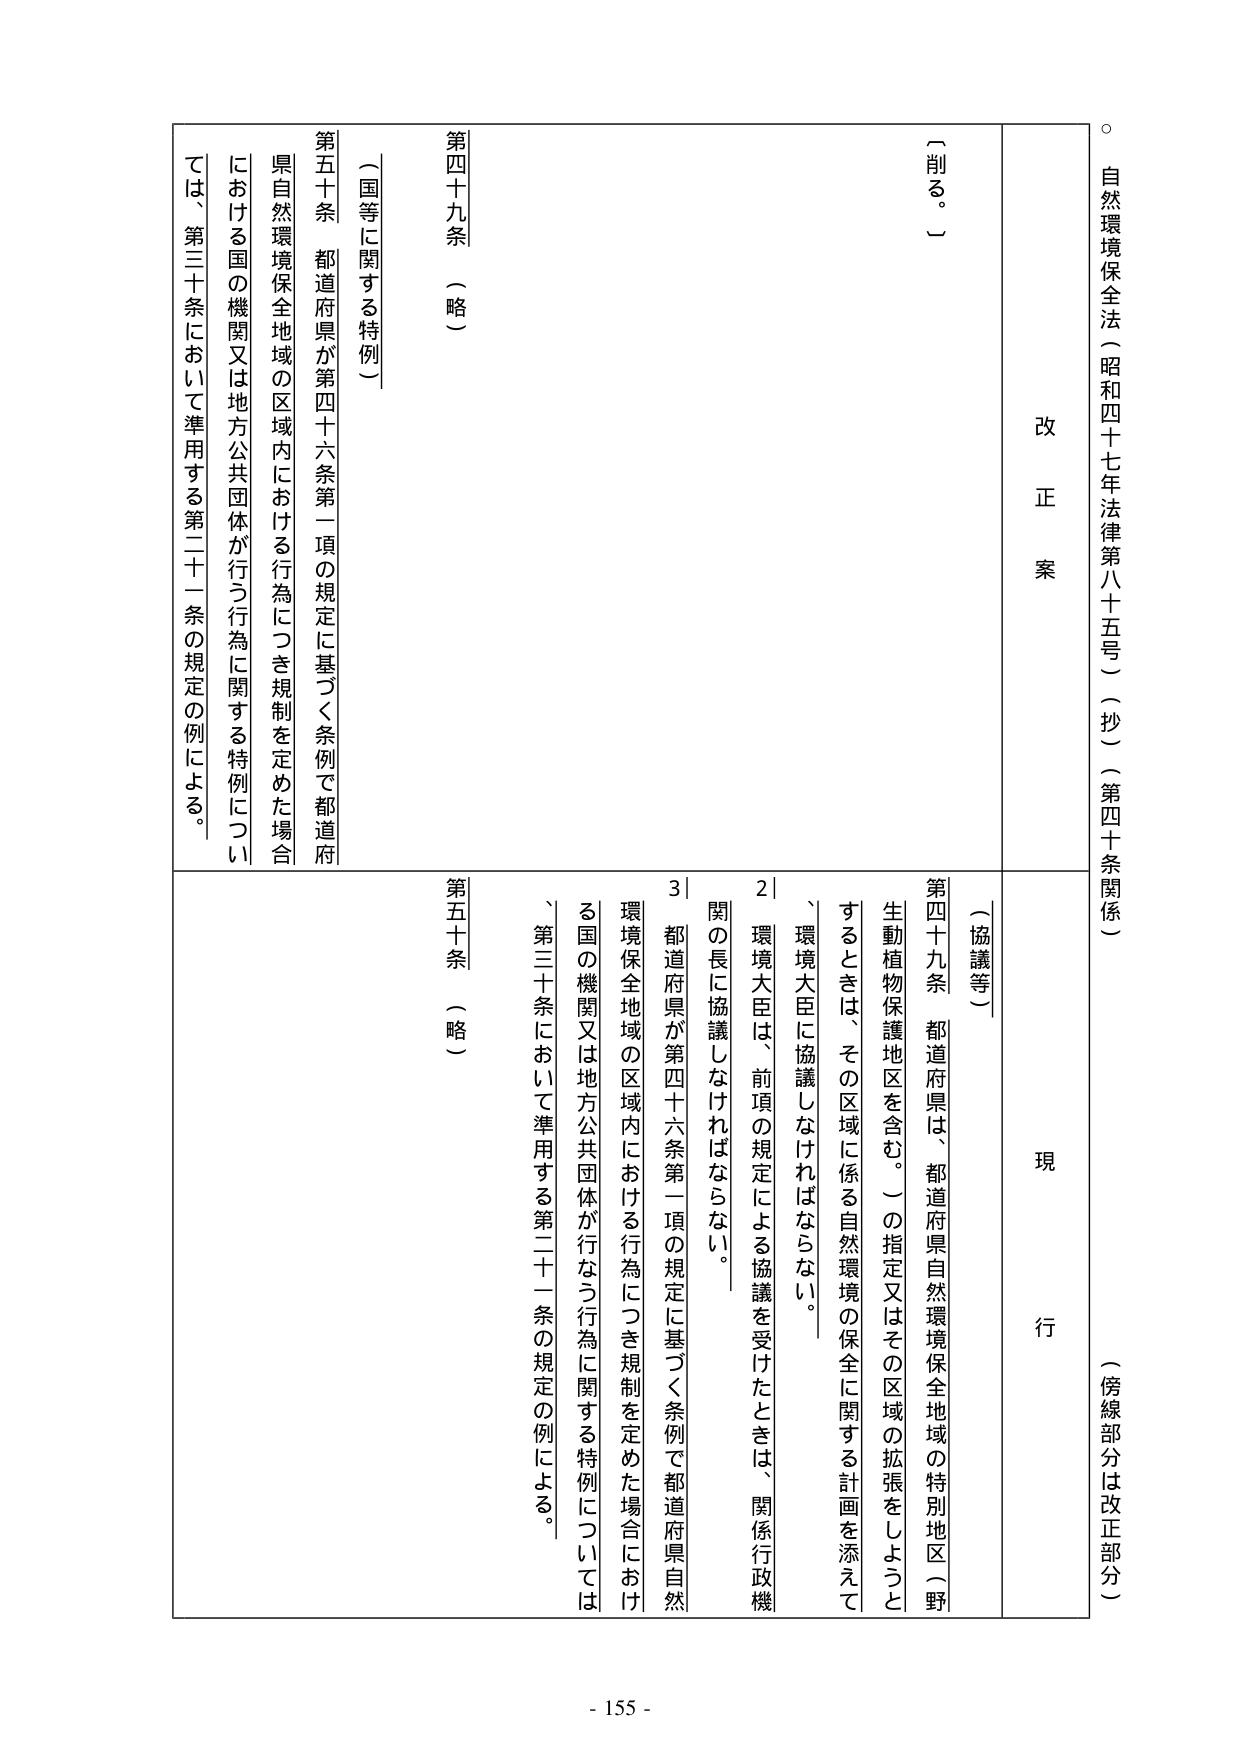
自然環境保全法（昭和四十七年法律第八十五号）（抄）（第四十条関係）

（傍線部分は改正部分）

改正案

現行

〔削る。〕

第四十九条 （略）

（国等に関する特例）

第五十条 都道府県が第四十六条第一項の規定に基づく条例で都道府県自然環境保全地域の区域内における行為につき規制を定めた場合における国の機関又は地方公共団体が行う行為に関する特例については、第三十条において準用する第二十一条の規定の例による。

（協議等）

第四十九条 都道府県は、都道府県自然環境保全地域の特別地区（野生動植物保護地区を含む。）の指定又はその区域の拡張をしようとするときは、その区域に係る自然環境の保全に関する計画を添えて、環境大臣に協議しなければならない。

２ 環境大臣は、前項の規定による協議を受けたときは、関係行政機関の長に協議しなければならない。

３ 都道府県が第四十六条第一項の規定に基づく条例で都道府県自然環境保全地域の区域内における行為につき規制を定めた場合における国の機関又は地方公共団体が行う行為に関する特例については、第三十条において準用する第二十一条の規定の例による。

第五十条 （略）

- 155 -